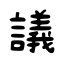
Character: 議